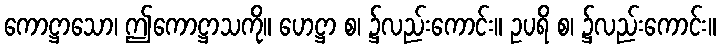
ကောဋ္ဌာသော၊ ဤကောဋ္ဌာသကို။ ဟေဋ္ဌာ စ၊ ၌လည်းကောင်း။ ဥပရိ စ၊ ၌လည်းကောင်း။